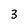
Character: 3